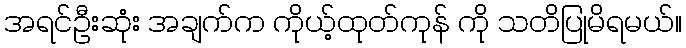
အရင်ဦးဆုံး အချက်က ကိုယ့်ထုတ်ကုန် ကို သတိပြုမိရမယ်။